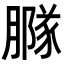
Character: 𦠵